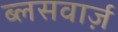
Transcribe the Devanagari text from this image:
ब्लसवार्ज़